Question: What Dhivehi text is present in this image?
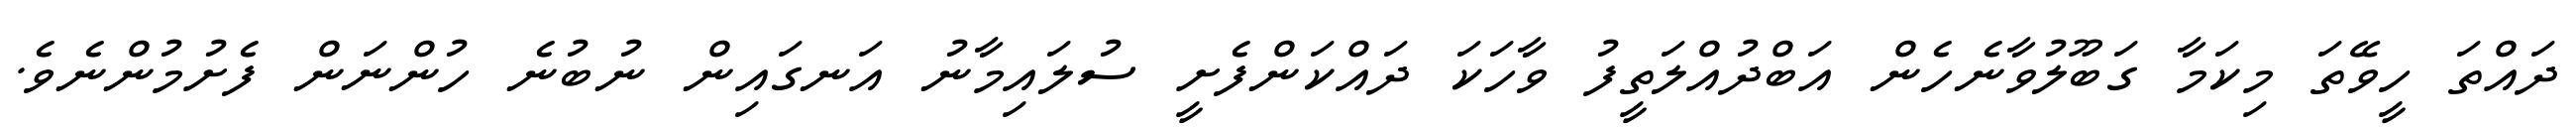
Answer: ދައްތަ ހީވޭތަ މިކަމާ ގަބޫލުވާނެހެން އަބްދުއްލަތީފު ވާހަކަ ދައްކަންފެށީ ސުލައިމާނު އަނގައިން ނުބުނެ ހުންނަން ފެށުމުންނެވެ.